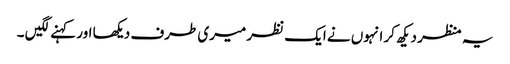
یہ منظر دیکھ کر انہوں نے ایک نظر میری طرف دیکھا اور کہنے لگیں ۔